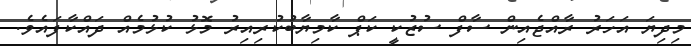
މިދިޔަ އަހަރު ރާއްޖެއިން ސާފް ސުޒުކީ ކަޕް ކާމިޔާބުކުރިއިރު މޮޅު ކުޅުމެއް ދައްކާފައެވެ.